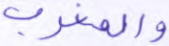
والمغرب